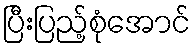
ပြီးပြည့်စုံအောင်